Annual administration report of the Civil Veterinary Department of India - 1897-1898
Year: 1897
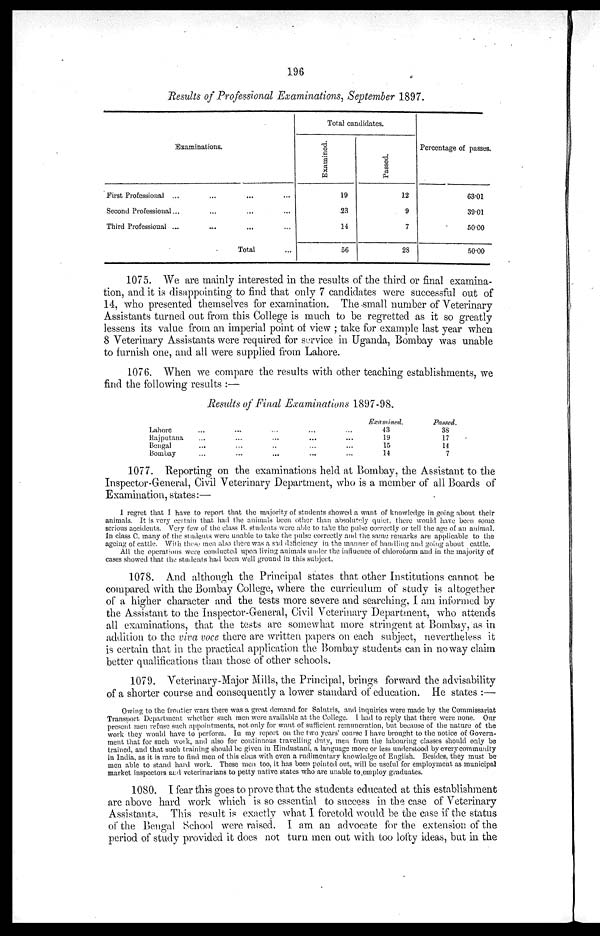
196
Results of Professional Examinations, September 1897.
Examinations.
First Professional
...
...
...
...
Second Professional
...
...
...
...
Third Professional
...
...
...
...
Total ...
Total candidates.
Examined.
19
23
14
56
Passed.
12
9
7
28
Percentage of passes.
63.01
39.01
50.00
50.00
1075. We are mainly interested in the results of the third or final examina-
tion, and it is disappointing to find that only 7 candidates were successful out of
14, who presented themselves for examination. The small number of Veterinary
Assistants turned out from this College is much to be regretted as it so greatly
lessens its value from an imperial point of view; take for example last year when
8 Veterinary Assistants were required for service in Uganda, Bombay was unable
to furnish one, and all were supplied from Lahore.
1076. When we compare the results with other teaching establishments, we
find the following results:—
Results of Final Examinations 1897-98.
Lahore ... ... ... ...
Rajputana ... ... ... ...
Bengal ... ... ... ...
Bombay ... ... ... ...
Examined.
43
19
15
14
Passed.
38
17
14
7
1077. Reporting on the examinations held at Bombay, the Assistant to the
Inspector-General, Civil Veterinary Department, who is a member of all Boards of
Examination, states:—
I regret that I have to report that the majority of students showed a want of knowledge in going about their
animals. It is very certain that had the animals been other than absolutely quiet, there would have been some
serious accidents. Very few of the class B. students were able to take the pulse correctly or tell the age of an animal.
In class C. many of the students were unable to take the pulse correctly and the same remarks are applicable to the
ageing of cattle. With these men also there was a sad deficiency in the manner of handling and going about cattle.
All the operations were conducted upon living animals under the influence of chloroform and in the majority of
cases showed that the students had been well ground in this subject.
1078. And although the Principal states that other Institutions cannot be
compared with the Bombay College, where the curriculum of study is altogether
of a higher character and the tests more severe and searching, I am informed by
the Assistant to the Inspector-General, Civil Veterinary Department, who attends
all examinations, that the tests are somewhat more stringent at Bombay, as in
addition to the viva voce there are written papers on each subject, nevertheless it
is certain that in the practical application the Bombay students can in no way claim
better qualifications than those of other schools.
1079. Veterinary-Major Mills, the Principal, brings forward the advisability
of a shorter course and consequently a lower standard of education. He states:—
Owing to the frontier wars there was a great demand for Salutris, and inquiries were made by the Commissariat
Transport Department whether such men were available at the College. I had to reply that there were none. Our
present men refuse such appointments, not only for want of sufficient remuneration, but because of the nature of the
work they would have to perform. In my report on the two years' course I have brought to the notice of Govern-
ment that for such work, and also for continuous travelling duty, men from the labouring classes should only be
trained, and that such training should be given in Hindustani, a language more or less understood by every community
in India, as it is rare to find men of this class with even a rudimentary knowledge of English. Besides, they must be
men able to stand hard work. These men too, it has been pointed out, will be useful for employment as municipal
market inspectors and veterinarians to petty native states who are unable to employ graduates.
1080. I fear this goes to prove that the students educated at this establishment
are above hard work which is so essential to success in the case of Veterinary
Assistants. This result is exactly what I foretold would be the case if the status
of the Bengal School were raised. I am an advocate for the extension of the
period of study provided it does not turn men out with too lofty ideas, but in the